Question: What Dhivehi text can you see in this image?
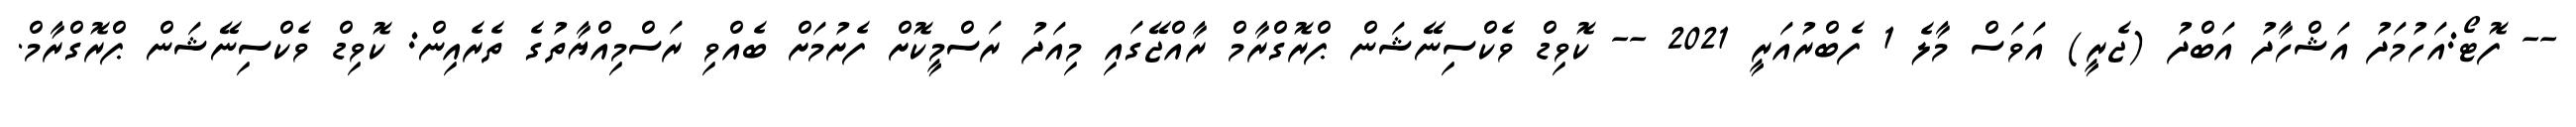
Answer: -- ފޮޓޯ:އަހުމަދު އަޝްހާދު އަބްދު (ޖެރީ) އަވަސް މާލެ 1 ފެބްރުއަރީ 2021 -- ކޮވިޑް ވެކްސިނޭޝަން ޕްރޮގްރާމް ރާއްޖޭގައި މިއަދު ރަސްމީކޮށް ފެށުމަށް ބެއްވި ރަސްމިއްޔާތުގެ ތެރެއިން: ކޮވިޑް ވެކްސިނޭޝަން ޕްރޮގްރާމް.